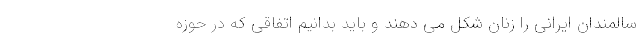
سالمندان ایرانی را زنان شکل می دهند و باید بدانیم اتفاقی که در حوزه